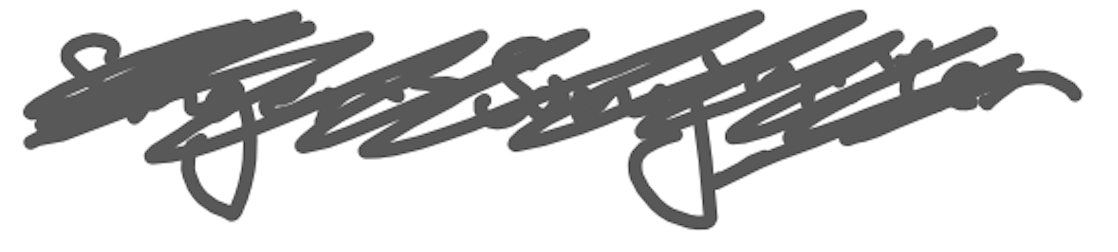
Text: singer-songwriter
Cross-out: mix
Writing tool: digital_gray